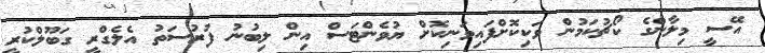
އޭސީ މިލާންގެ ކޯޗުކަމުން ވަކިކޮށްފައިވަނިކޮށް ޔުވެންޓަސް އިން ލިބުނު ފުރުސަތު އެލެގްރީ ގަބޫލްކުރީ